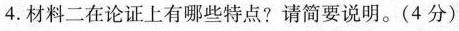
4.材 料二在论证上有哪些特点? 请简要说明。(4分)